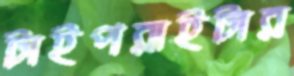
টাইপরাইটার